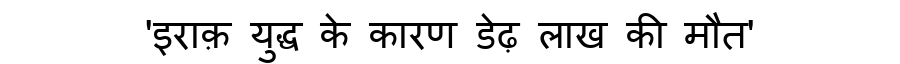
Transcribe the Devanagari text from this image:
'इराक़ युद्ध के कारण डेढ़ लाख की मौत'